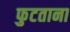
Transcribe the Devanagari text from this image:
फुटताना